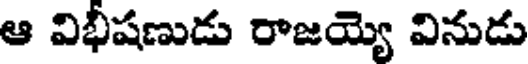
ఆ విభీషణుడు రాజయ్యె వినుడు